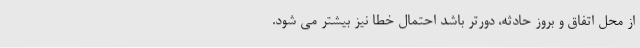
از محل اتفاق و بروز حادثه، دورتر باشد احتمال خطا نیز بیشتر می شود.